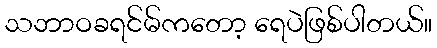
သဘာဝခရင်မ်ကတော့ ရေပဲဖြစ်ပါတယ်။